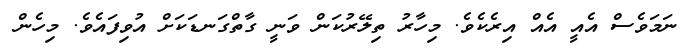
ނަމަވެސް އެއީ އެއް އިރެކެވެ. މިހާރު ތިލޭރުކަން ވަނީ ގާތްގަނޑަކަށް އުވިފައެވެ. މިހެން